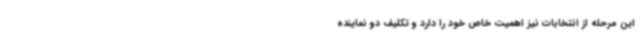
این مرحله از انتخابات نیز اهمیت خاص خود را دارد و تکلیف دو نماینده